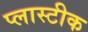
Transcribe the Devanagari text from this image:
प्लास्टीक